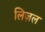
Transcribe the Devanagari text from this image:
लिज़ल